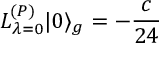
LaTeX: L _ { \lambda = 0 } ^ { ( P ) } | 0 \rangle _ { g } = - \frac { c } { 2 4 }